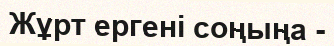
Жұрт ергені соңыңа -